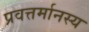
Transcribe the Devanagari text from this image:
प्रवत्तर्मानस्य